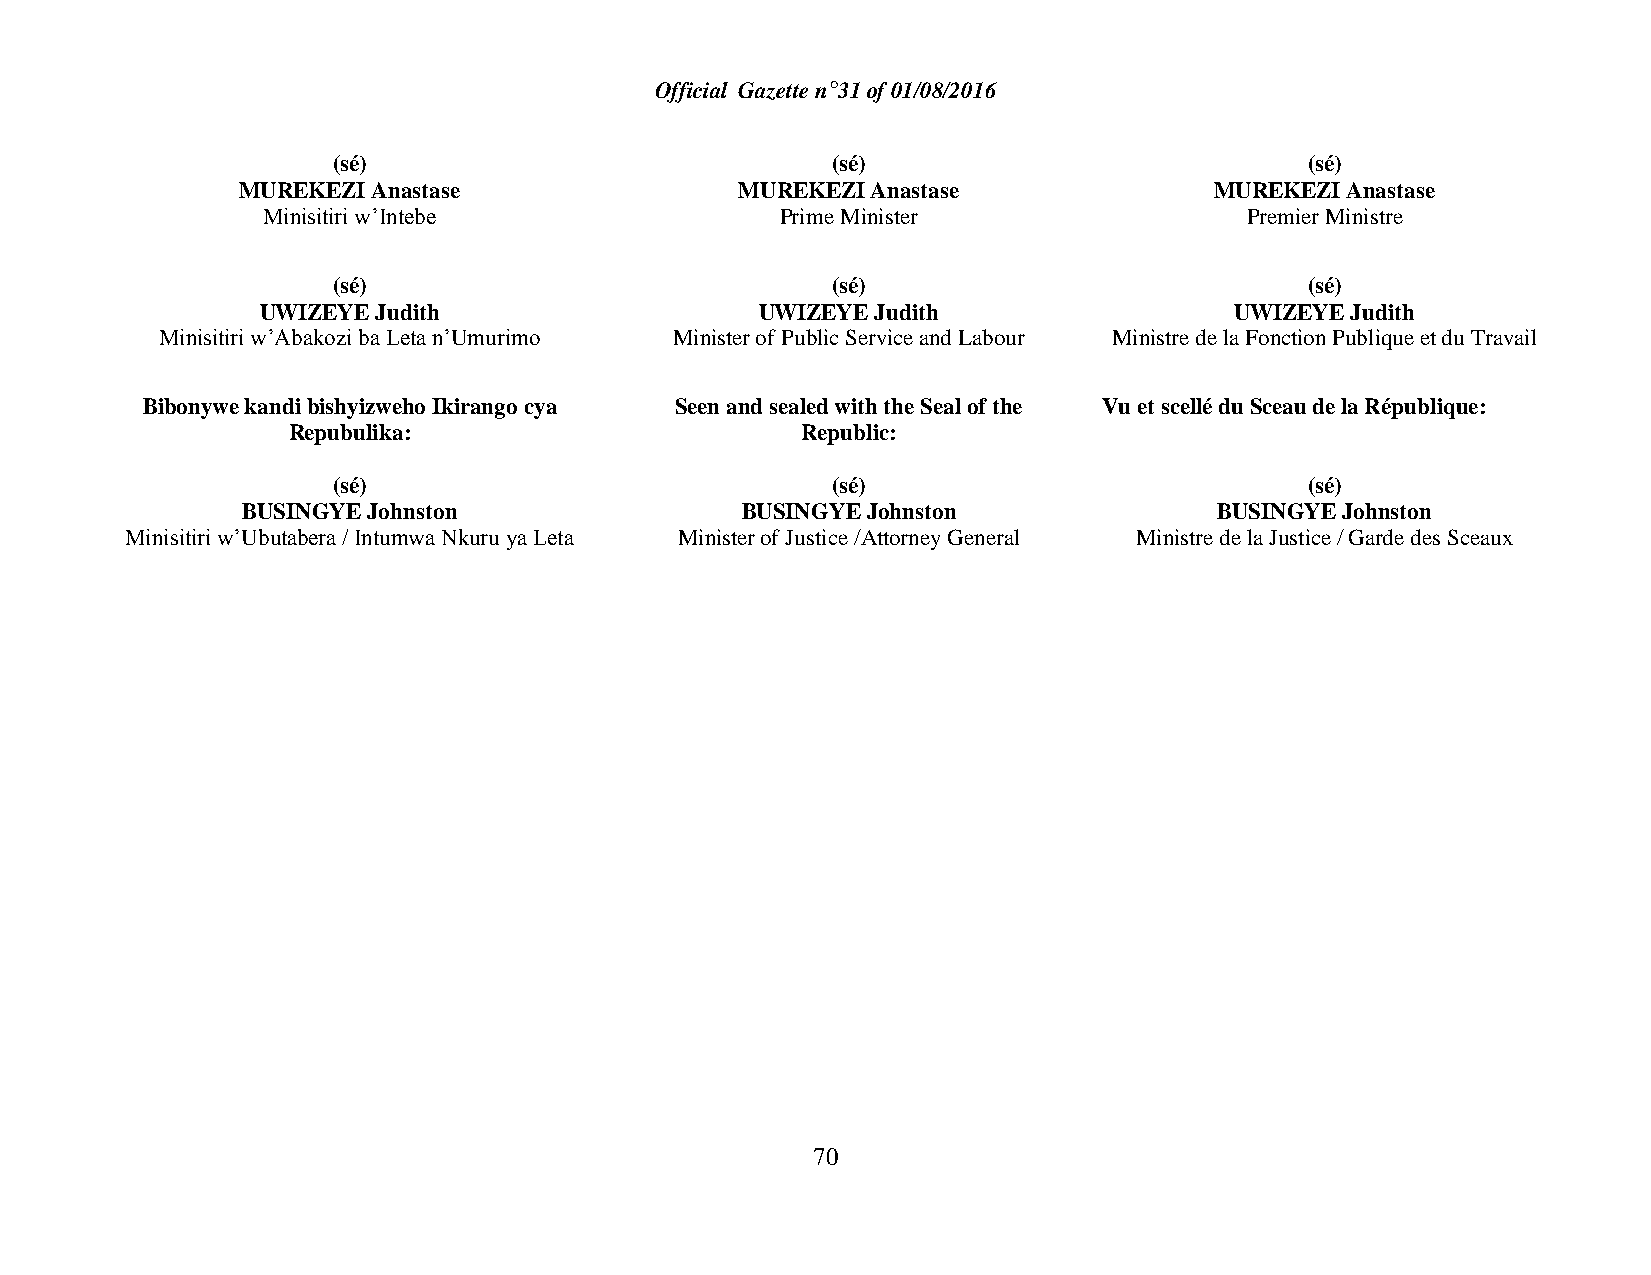
Official Gazette n°31 of 01/08/2016
 (sé)                             (sé)                            (sé)
 MUREKEZI Anastase                MUREKEZI Anastase              MUREKEZI Anastase
 Minisitiri w’Intebe                Prime Minister                Premier Ministre
 (sé)                             (sé)                            (sé)
 UWIZEYE Judith                   UWIZEYE Judith                  UWIZEYE Judith
 Minisitiri w’Abakozi ba Leta n’Umurimo Minister of Public Service and Labour Ministre de la Fonction Publique et du Travail
 Bibonywe kandi bishyizweho Ikirango cya Seen and sealed with the Seal of the Vu et scellé du Sceau de la République:
 Repubulika:                       Republic:
 (sé)                             (sé)                            (sé)
 BUSINGYE Johnston                BUSINGYE Johnston               BUSINGYE Johnston
 Minisitiri w’Ubutabera / Intumwa Nkuru ya Leta Minister of Justice /Attorney General Ministre de la Justice / Garde des Sceaux
 70